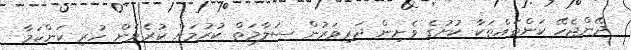
ދޭންޖެހޭ ކަންތައްތަކާ ކުށުގެ ވެށިން ދަރިވަރުން ސަލާމަތް ކުރުމަށް ކުރެވެން ހުރި ކަންކަމާ